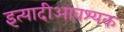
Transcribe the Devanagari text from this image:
इत्यादीआवश्यक